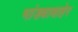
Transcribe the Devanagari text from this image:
भांड्याबाहेर